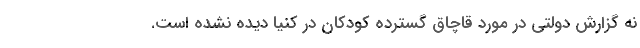
نه گزارش دولتی در مورد قاچاق گسترده کودکان در کنیا دیده نشده است.